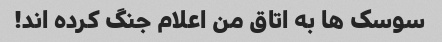
سوسک ها به اتاق من اعلام جنگ کرده اند!